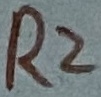
Text: R2